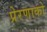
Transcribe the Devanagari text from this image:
प्रेरणाको